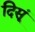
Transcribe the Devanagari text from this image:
दिसूं